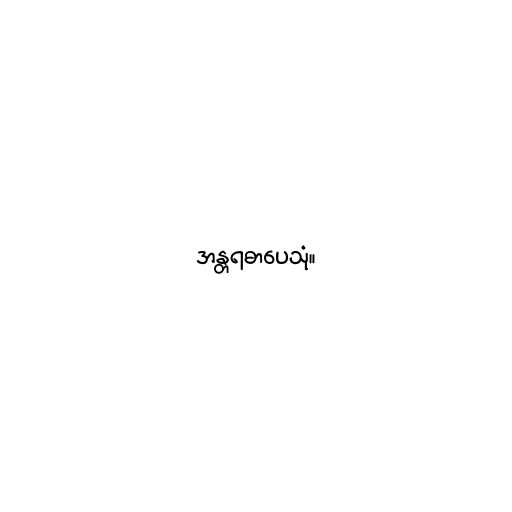
အန္တရဓာပေသုံ။